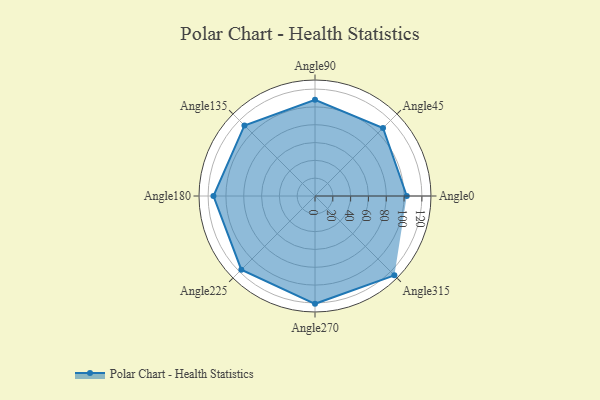
{"axis": {"x": "Angle", "y": "Radius"}, "legend": [""], "data": [{"x": "Angle0", "y": 103.0, "type": ""}, {"x": "Angle45", "y": 108.0, "type": ""}, {"x": "Angle90", "y": 108.0, "type": ""}, {"x": "Angle135", "y": 112.0, "type": ""}, {"x": "Angle180", "y": 114.0, "type": ""}, {"x": "Angle225", "y": 117.0, "type": ""}, {"x": "Angle270", "y": 121.0, "type": ""}, {"x": "Angle315", "y": 126.0, "type": ""}]}